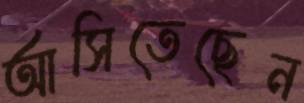
আসিতেছেন